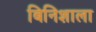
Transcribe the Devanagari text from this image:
बिनिशाला